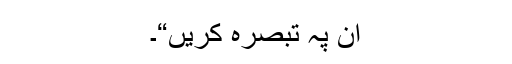
ان پہ تبصرہ کریں“۔